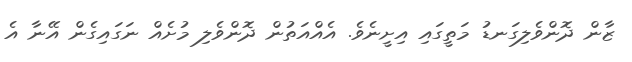
ޒާން ދޮންވެލިގަނޑު މަތީގައި އިށީނެވެ. އެއްއަތުން ދޮންވެލި މުށެއް ނަަގައިގެން އޭނާ އެ